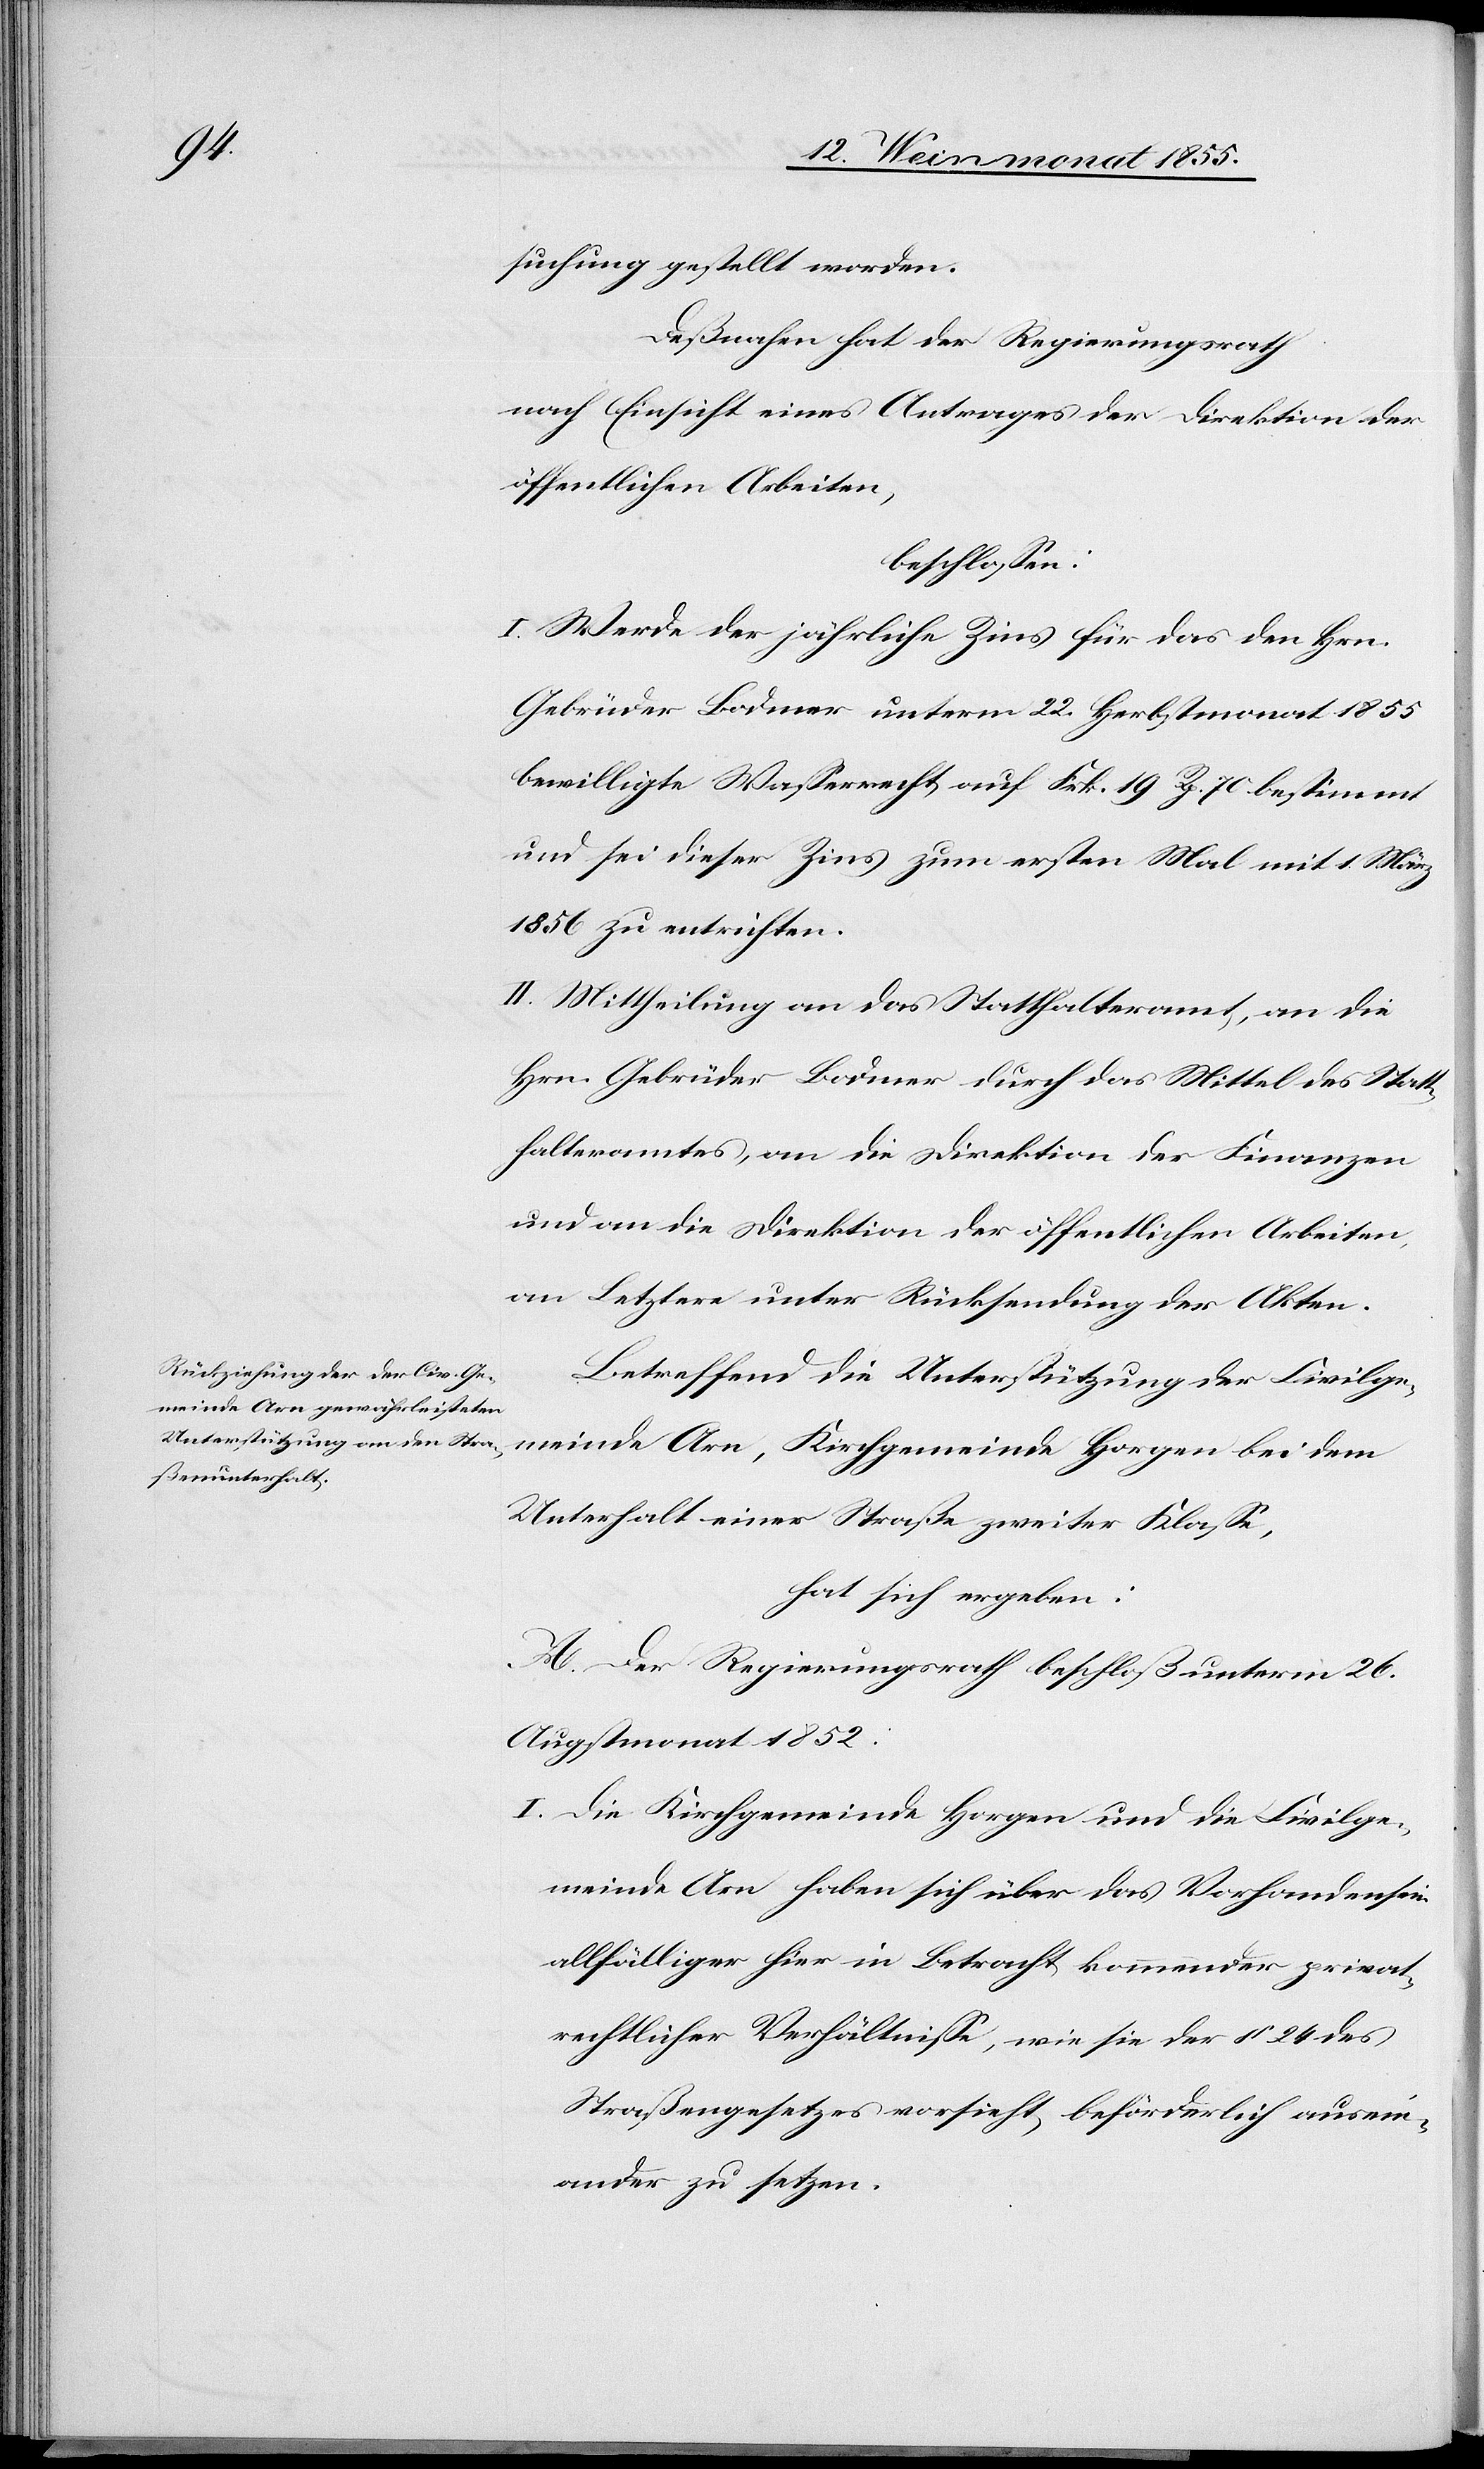
suchung gestellt worden.
Deßnahen hat der Regierungsrath
nach Einsicht eines Antrages der Direktion der
öffentlichen Arbeiten,
beschlossen:
I. Werde der jährliche Zins für das den Hrn.
Gebrüder Bodmer unterm 22. Herbstmonat 1855
bewilligte Wasserrecht auf Frk. 19 Rp. 70. bestimmt
und sei dieser Zins zum ersten Mal mit 1. März
1856 zu entrichten.
II. Mittheilung an das Statthalteramt, an die
Hrn. Gebrüder Bodmer durch das Mittel des Statt¬
halteramtes, an die Direktion der Finanzen
und an die Direktion der öffentlichen Arbeiten,
an Letztere unter Rücksendung der Akten.
Betreffend die Unterstützung der Civilge¬
meinde Arn, Kirchgemeinde Horgen bei dem
Unterhalt einer Straße zweiter Klasse,
hat sich ergeben:
A. Der Regierungsrath beschloß unterm 26.
Augstmonat 1852:
Die Kirchgemeinde Horgen und die Civilge¬
meinde Arn haben sich über das Vorhandensein
allfälliger hier in Betracht kommender privat¬
rechtlicher Verhältnisse, wie sie der § 24 des
Straßengesetzes vorsieht, beförderlich ausein¬
ander zu setzen.